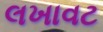
લખાવટ